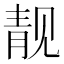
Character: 靓